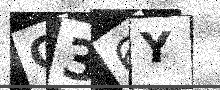
Text: O36Y